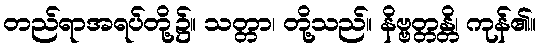
တည်ရာအရပ်တို့၌။ သတ္တာ၊ တို့သည်။ နိဗ္ဗတ္တန္တိ၊ ကုန်၏။